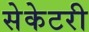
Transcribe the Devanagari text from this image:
सेकेटरी